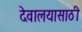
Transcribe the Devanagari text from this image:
देवालयासाठी